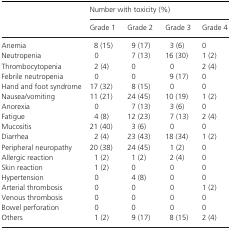
<table><thead><tr><td></td><td colspan="4"><b>Number with toxicity (%)</b></td></tr><tr><td></td><td><b>Grade 1</b></td><td><b>Grade 2</b></td><td><b>Grade 3</b></td><td><b>Grade 4</b></td></tr></thead><tbody><tr><td>Anemia</td><td>8 (15)</td><td>9 (17)</td><td>3 (6)</td><td>0</td></tr><tr><td>Neutropenia</td><td>0</td><td>7 (13)</td><td>16 (30)</td><td>1 (2)</td></tr><tr><td>Thrombocytopenia</td><td>2 (4)</td><td>0</td><td>0</td><td>2 (4)</td></tr><tr><td>Febrile neutropenia</td><td>0</td><td>0</td><td>9 (17)</td><td>0</td></tr><tr><td>Hand and foot syndrome</td><td>17 (32)</td><td>8 (15)</td><td>0</td><td>0</td></tr><tr><td>Nausea/vomiting</td><td>11 (21)</td><td>24 (45)</td><td>10 (19)</td><td>1 (2)</td></tr><tr><td>Anorexia</td><td>0</td><td>7 (13)</td><td>3 (6)</td><td>0</td></tr><tr><td>Fatigue</td><td>4 (8)</td><td>12 (23)</td><td>7 (13)</td><td>2 (4)</td></tr><tr><td>Mucositis</td><td>21 (40)</td><td>3 (6)</td><td>0</td><td>0</td></tr><tr><td>Diarrhea</td><td>2 (4)</td><td>23 (43)</td><td>18 (34)</td><td>1 (2)</td></tr><tr><td>Peripheral neuropathy</td><td>20 (38)</td><td>24 (45)</td><td>1 (2)</td><td>0</td></tr><tr><td>Allergic reaction</td><td>1 (2)</td><td>1 (2)</td><td>2 (4)</td><td>0</td></tr><tr><td>Skin reaction</td><td>1 (2)</td><td>0</td><td>0</td><td>0</td></tr><tr><td>Hypertension</td><td>0</td><td>4 (8)</td><td>0</td><td>0</td></tr><tr><td>Arterial thrombosis</td><td>0</td><td>0</td><td>0</td><td>1 (2)</td></tr><tr><td>Venous thrombosis</td><td>0</td><td>0</td><td>0</td><td>0</td></tr><tr><td>Bowel perforation</td><td>0</td><td>0</td><td>0</td><td>0</td></tr><tr><td>Others</td><td>1 (2)</td><td>9 (17)</td><td>8 (15)</td><td>2 (4)</td></tr></tbody></table>